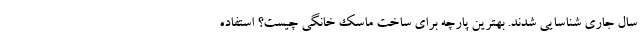
سال جاری شناسایی شدند. بهترین پارچه برای ساخت ماسک خانگی چیست؟ استفاده